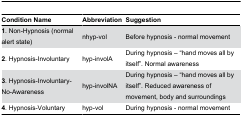
<table><thead><tr><td><b>Condition Name</b></td><td><b>Abbreviation</b></td><td><b>Suggestion</b></td></tr></thead><tbody><tr><td><b>1</b>. Non-Hypnosis (normal alert state)</td><td>nhyp-vol</td><td>Before hypnosis - normal movement</td></tr><tr><td><b>2</b>. Hypnosis-Involuntary</td><td>hyp-involA</td><td>During hypnosis – “hand moves all by itself”. Normal awareness</td></tr><tr><td><b>3</b>. Hypnosis-Involuntary-No-Awareness</td><td>hyp-involNA</td><td>During hypnosis – “hand moves all by itself”. Reduced awareness of movement, body and surroundings </td></tr><tr><td><b>4</b>. Hypnosis-Voluntary</td><td>hyp-vol</td><td>During hypnosis - normal movement</td></tr></tbody></table>